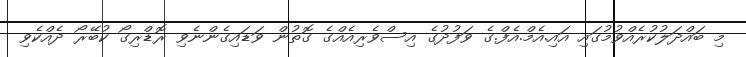
މި ބައްދަލުކުރެއްވުމުގައި އައި.އެމް.އެފް.ގެ ވަފުދުގެ އިސްވެރިއެއްގެ ގޮތުން ވަޑައިގެންނެވި ރޮޑްރިގޯ ކުބޭރޯ ދެއްކެވި